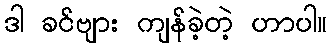
ဒါ ခင်ဗျား ကျန်ခဲ့တဲ့ ဟာပါ။